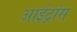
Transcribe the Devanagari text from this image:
आईट्रांस